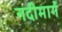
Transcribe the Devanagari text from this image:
नदीमार्गे